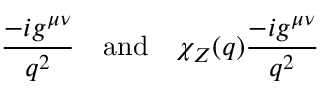
\frac { - i g ^ { \mu \nu } } { q ^ { 2 } } \quad \mathrm { a n d } \quad \chi _ { Z } ( q ) \frac { - i g ^ { \mu \nu } } { q ^ { 2 } }